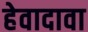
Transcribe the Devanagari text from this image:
हेवादावा